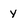
Character: Y